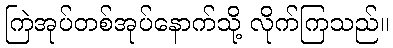
ကြဲအုပ်တစ်အုပ်နောက်သို့ လိုက်ကြသည်။